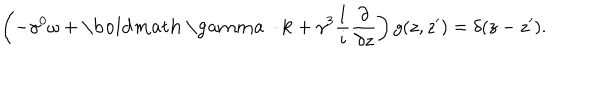
\left( - \gamma ^ { 0 } \omega + { \bf \mathrm { \boldmath ~ \ g a m m a ~ } \cdot k } + \gamma ^ { 3 } { \frac { 1 } { i } } { \frac { \partial } { \partial z } } \right) g ( z , z ^ { \prime } ) = \delta ( z - z ^ { \prime } ) .